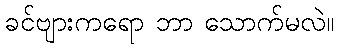
ခင်ဗျားကရော ဘာ သောက်မလဲ။